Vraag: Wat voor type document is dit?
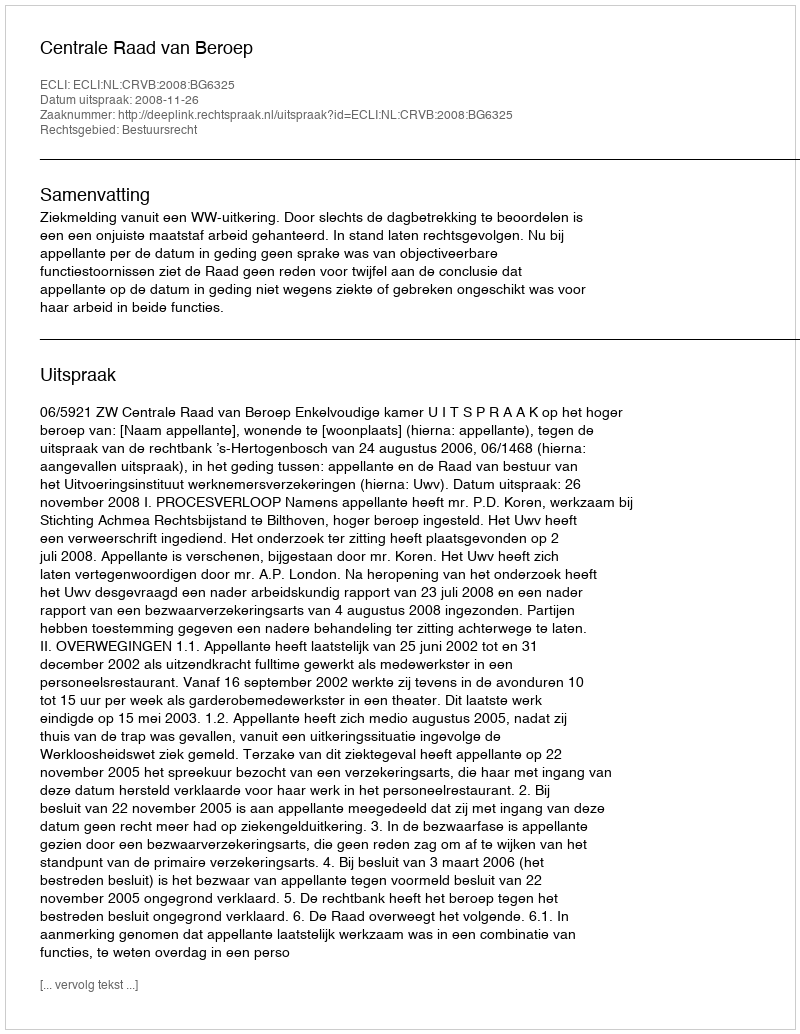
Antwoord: Uitspraak